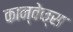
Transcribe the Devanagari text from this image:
कान्वेक्स